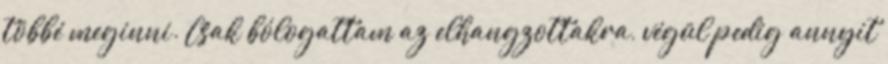
többé meginni. Csak bólogattam az elhangzottakra, végül pedig annyit